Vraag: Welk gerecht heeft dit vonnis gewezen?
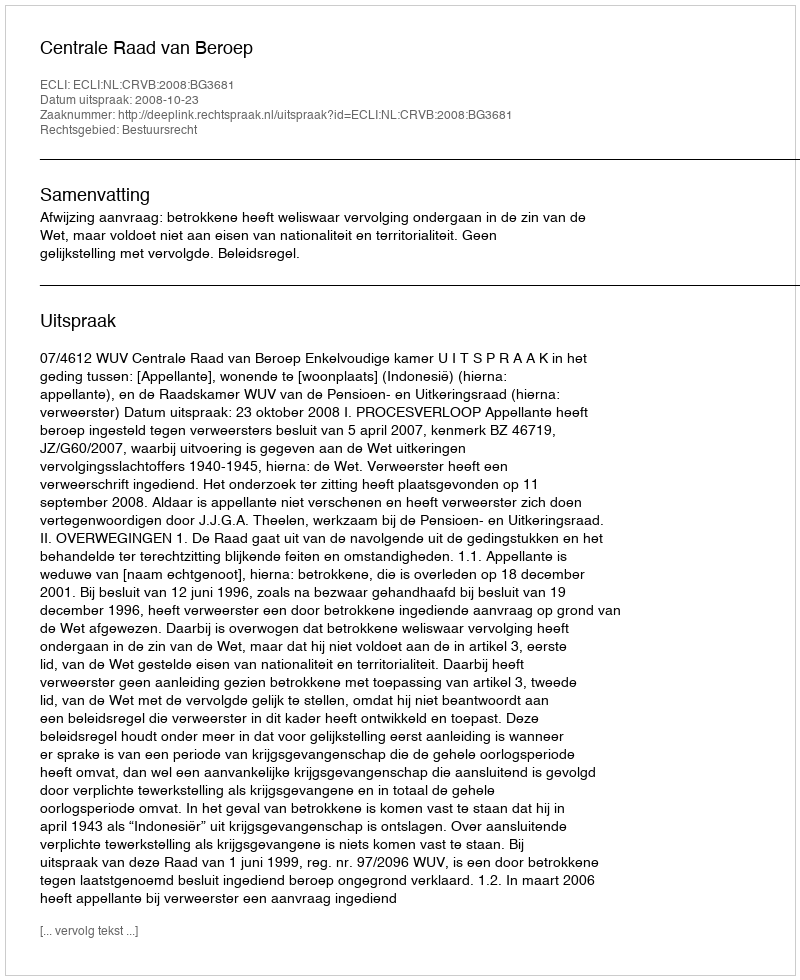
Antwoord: Centrale Raad van Beroep